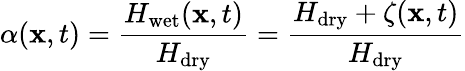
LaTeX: \alpha(\mathbf x,t)=\frac{H_{\mathrm{wet}}(\mathbf x,t)}{H_{\mathrm{dry}}}=\frac{H_{\mathrm{dry}}+\zeta(\mathbf x,t)}{H_{\mathrm{dry}}}